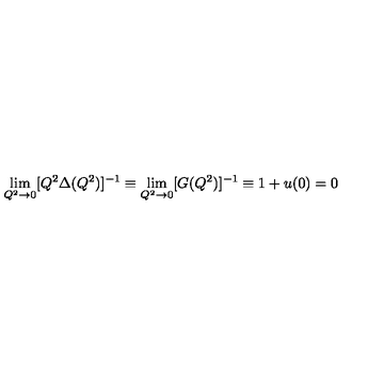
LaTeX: \lim _ { Q ^ { 2 } \rightarrow 0 } [ Q ^ { 2 } \Delta ( Q ^ { 2 } ) ] ^ { - 1 } \equiv \lim _ { Q ^ { 2 } \rightarrow 0 } [ G ( Q ^ { 2 } ) ] ^ { - 1 } \equiv 1 + u ( 0 ) = 0